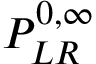
P _ { L R } ^ { 0 , \infty }